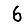
Digit: 6